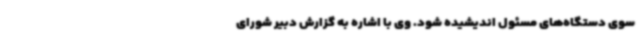
سوی دستگاه‌های مسئول اندیشیده شود. وی با اشاره به گزارش دبیر شورای